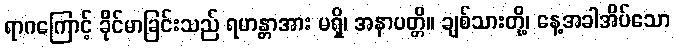
ရာဂကြောင့် ခိုင်မာခြင်းသည် ရဟန္တာအား မရှိ၊ အနာပတ္တိ။ ချစ်သားတို့၊ နေ့အခါအိပ်သော